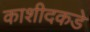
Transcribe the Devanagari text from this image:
काशीदकडे